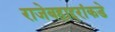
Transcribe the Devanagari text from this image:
राजेबहाद्दरांकडे